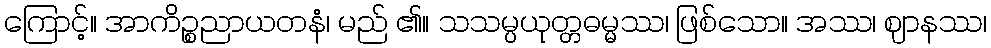
ကြောင့်။ အာကိဉ္စညာယတနံ၊ မည် ၏။ သသမ္ပယုတ္တဓမ္မဿ၊ ဖြစ်သော။ အဿ၊ ဈာနဿ၊